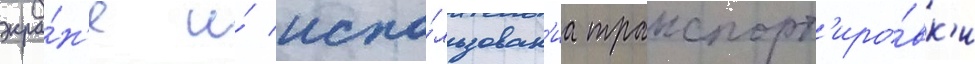
экра́н'е и́ испо́льзован'иа транспорт'иро́вк'и